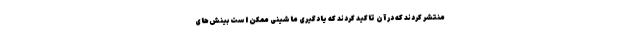
منتشر کردند که در آن تاکید کردند که یادگیری ماشینی ممکن است بینش‌های